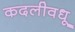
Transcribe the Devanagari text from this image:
कदलीवधू